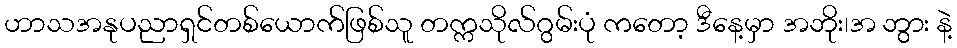
ဟာသအနုပညာရှင်တစ်ယောက်ဖြစ်သူ တက္ကသိုလ်ဂွမ်းပုံ ကတော့ ဒီနေ့မှာ အဘိုး၊အ ဘွား နဲ့